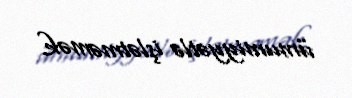
ümumiyyətlə işlətməmək.